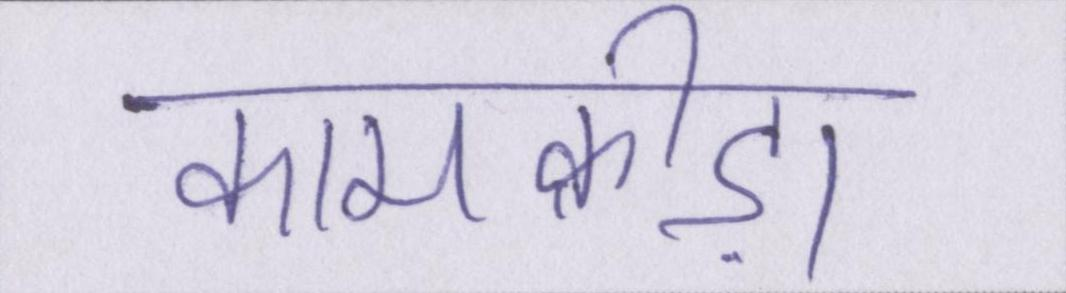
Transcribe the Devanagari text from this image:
कामक्रीड़ा